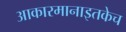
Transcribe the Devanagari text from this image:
आकारमानाइतकेच